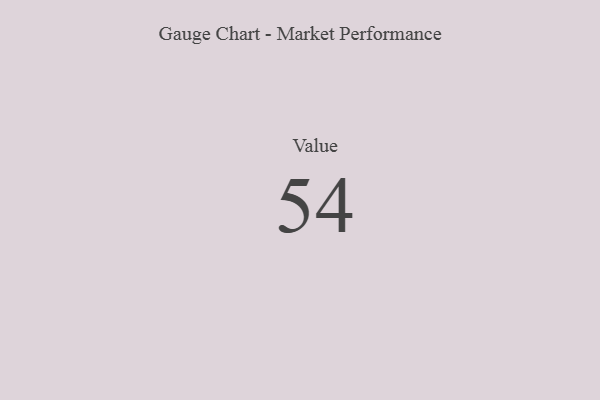
{"axis": {"x": "Metric", "y": "Value"}, "legend": [""], "data": [{"x": "Value", "y": 54, "type": ""}]}